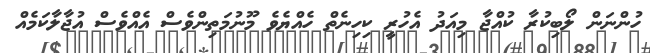
ހުންނަން ލޯބިކުރާ ކުއްޖާ މިއަދު އެހުރީ ކިހިނެތް ހެއްޔެވެ މޫނުމަތިންވެސް އެއްވެސް އުޖާލާކަމެއް